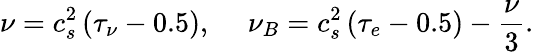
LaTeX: \nu=c_{s}^{2}\left(\tau_{\nu}-0.5\right),~~~~~\nu_{B}=c_{s}^{2}\left(\tau_{e}-0.5\right)-\frac{\nu}{3}.